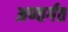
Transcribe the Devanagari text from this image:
अण्तर्गत